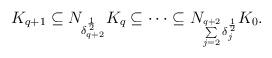
LaTeX: \begin{align*} K_{q+1} \subseteq N_{\delta_{q+2}^\frac 12} K_{q} \subseteq \cdots \subseteq N_{\sum\limits_{j=2}^{q+2}\delta_{j}^\frac 12} K_{0}.\end{align*}